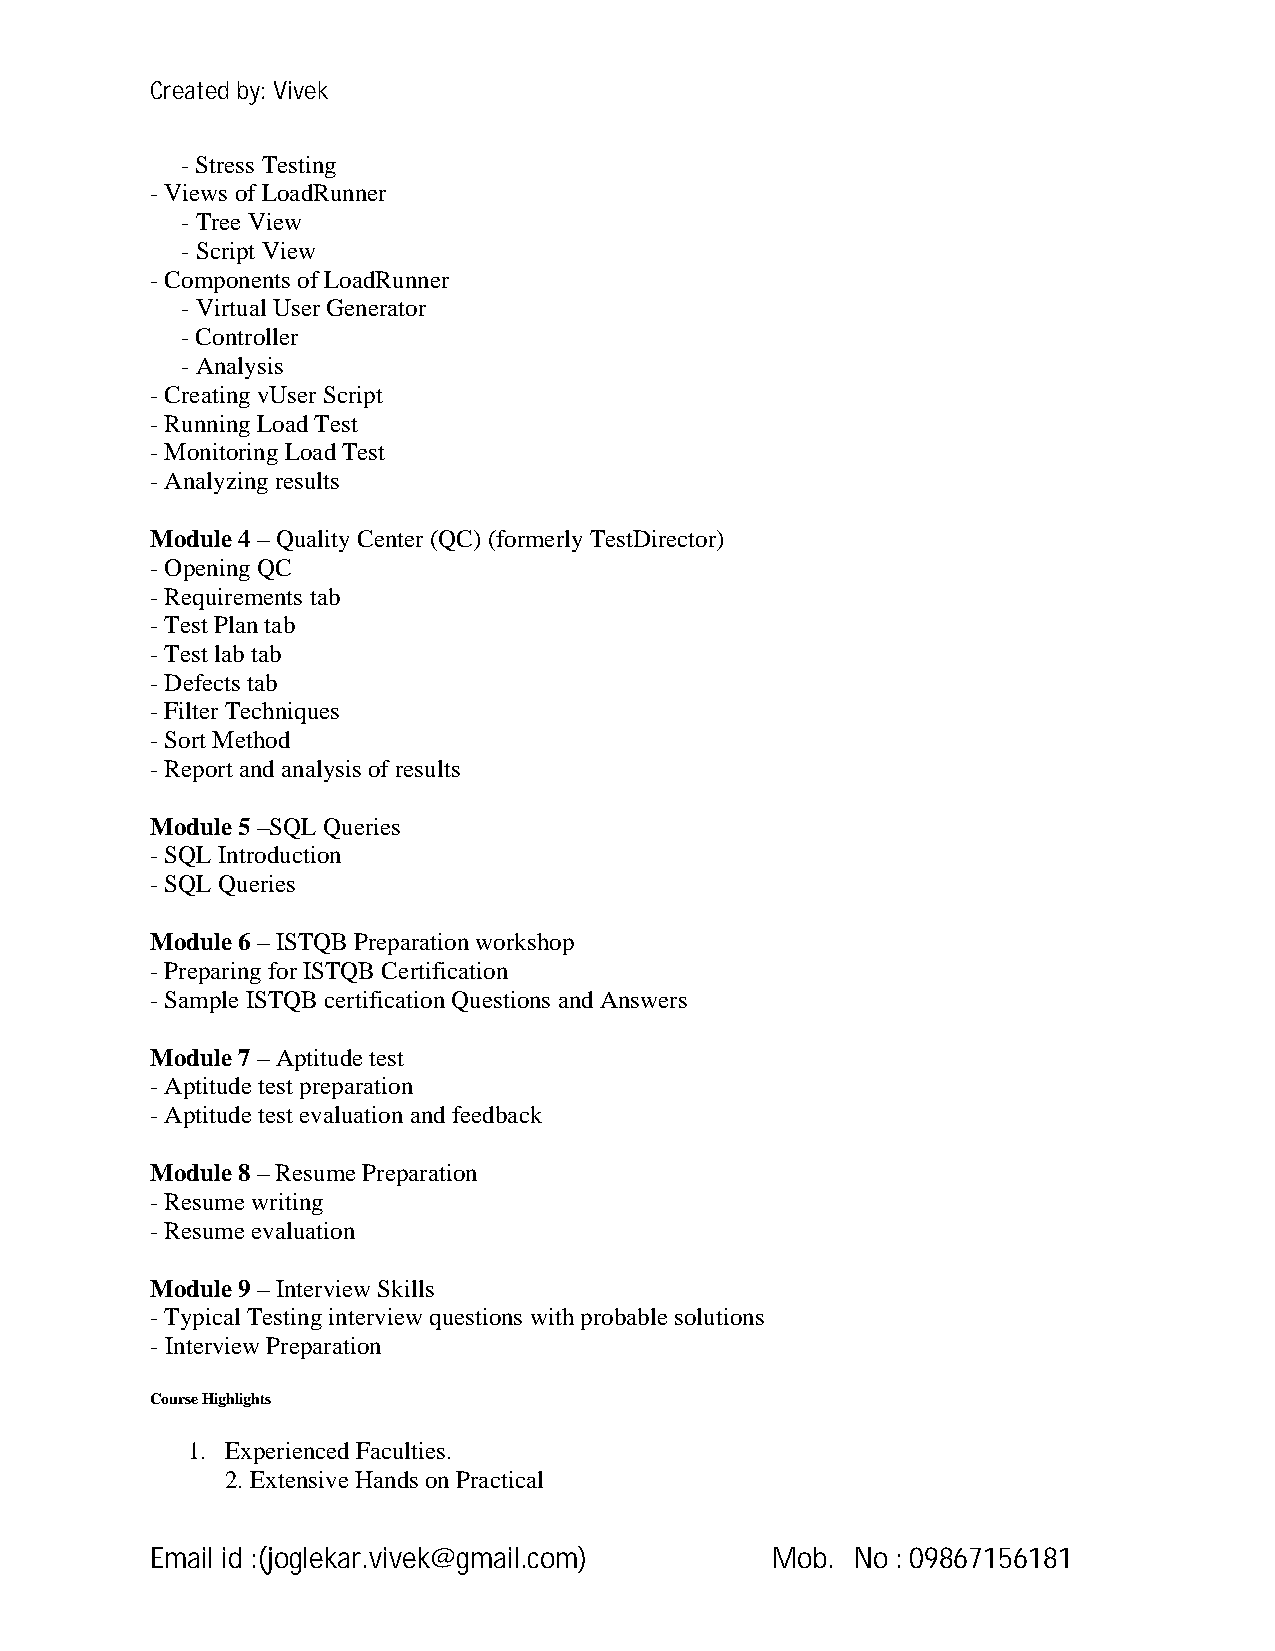
Created by: Vivek
 -Stress Testing
 -Views of LoadRunner
 -Tree View
 -Script View
 -Components of LoadRunner
 -Virtual User Generator
 -Controller
 -Analysis
 -Creating vUser Script
 -Running Load Test
 -Monitoring Load Test
 -Analyzing results
 Module 4 –Quality Center (QC) (formerly TestDirector)
 -Opening QC
 -Requirements tab
 -Test Plan tab
 -Test lab tab
 -Defects tab
 -Filter Techniques
 -Sort Method
 -Report and analysis of results
 Module 5 –SQL Queries
 -SQL Introduction
 -SQL Queries
 Module 6 – ISTQB Preparation workshop
 -Preparing for ISTQB Certification
 -Sample ISTQB certification Questions and Answers
 Module 7 –Aptitude test
 -Aptitude test preparation
 -Aptitude test evaluation and feedback
 Module 8 –Resume Preparation
 -Resume writing
 -Resume evaluation
 Module 9 – Interview Skills
 -Typical Testing interview questions with probable solutions
 - Interview Preparation
 Course Highlights
 1. Experienced Faculties.
 2. Extensive Hands on Practical
 Email id :(joglekar.vivek@gmail.com)     Mob.  No : 09867156181